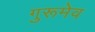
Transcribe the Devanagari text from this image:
गुरूमेव